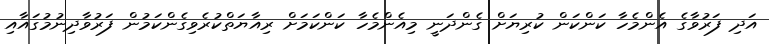
އަދި ފަރުވާގެ އެންމެހާ ކަންކަން ކުރިޔަށް ގެންދަނީ މިއެންމެހާ ކަންކަމަށް ރިއާޔަތްކުރެވިގެންކަމުން ފަރުވާދިނުމުގައާއި